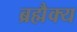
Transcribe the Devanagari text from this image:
ब्रह्मैक्य